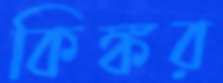
কিঙ্কর